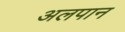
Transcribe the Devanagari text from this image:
अलपान